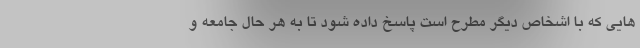
هایی که با اشخاص دیگر مطرح است پاسخ داده شود تا به هر حال جامعه و